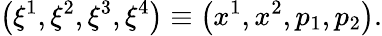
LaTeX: \left(\xi^{1},\xi^{2},\xi^{3},\xi^{4}\right)\equiv\left(x^{1},x^{2},p_{1},p_{2}\right).